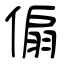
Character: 傓